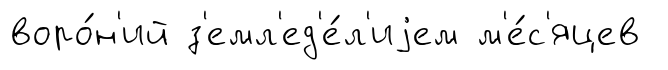
воро́н'ий з'емл'ед'е́л'иjем м'е́с'яцев